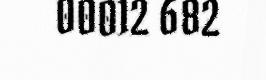
00012 682